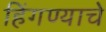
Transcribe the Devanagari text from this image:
हिंगण्याचे